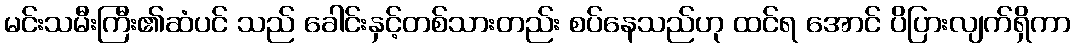
မင်းသမီးကြီး၏ဆံပင် သည် ခေါင်းနှင့်တစ်သားတည်း စပ်နေသည်ဟု ထင်ရ အောင် ပိပြားလျက်ရှိကာ